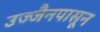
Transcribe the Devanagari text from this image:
उज्जैनपासून